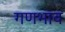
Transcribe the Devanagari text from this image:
गणभाव